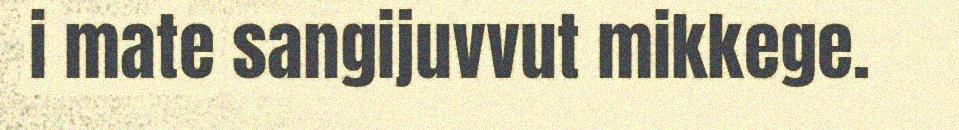
i mate sangijuvvut mikkege.